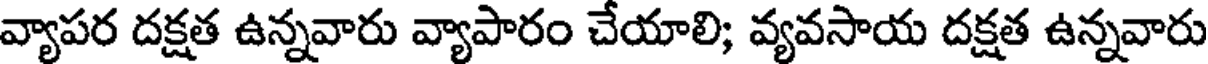
వ్యాపర దక్షత ఉన్నవారు వ్యాపారం చేయాలి; వ్యవసాయ దక్షత ఉన్నవారు